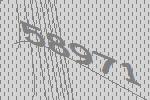
58971